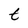
Character: t